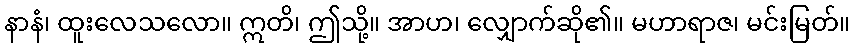
နာနံ၊ ထူးလေသလော။ ဣတိ၊ ဤသို့။ အာဟ၊ လျှောက်ဆို၏။ မဟာရာဇ၊ မင်းမြတ်။